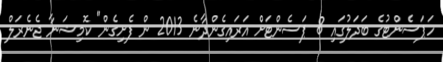
ހަޕަސެންޓުގެ ބަދަލުގައި 8 ޕަސެންޓަށް އަރައިގެންދާނެ 2013 ން ފެށިގެން" ކޮމިޝަނާ ޖެނެރަލް